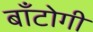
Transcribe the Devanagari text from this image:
बाँटोगी